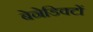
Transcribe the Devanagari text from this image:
बेनेडिक्टों